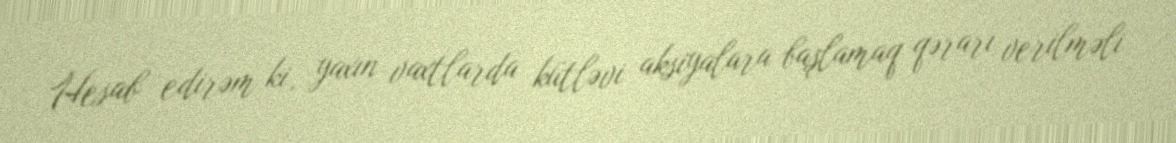
Hesab edirəm ki, yaxın vaxtlarda kütləvi aksiyalara başlamaq qərarı verilməli